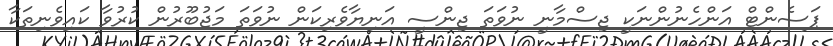
ޕަސެންޓް އަންހެނުންނަކީ ޖިސްމާނީ ނުވަތަ ޖިންސީ އަނިޔާވެރިކަން ނުވަތަ މަޖުބޫރުން ކުރުވާ ކައިވެނިތަކާ